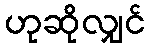
ဟုဆိုလျှင်